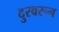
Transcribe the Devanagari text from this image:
दुरवरून